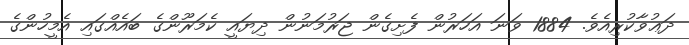
ދަޢުވާކުރިއެވެ. 1884 ވަނަ އަހަރުން ފެށިގެން ޖަރުމަނުން ދިޔައީ ކެމަރޫންގެ ބައެއްގައި އެމީހުންގެ